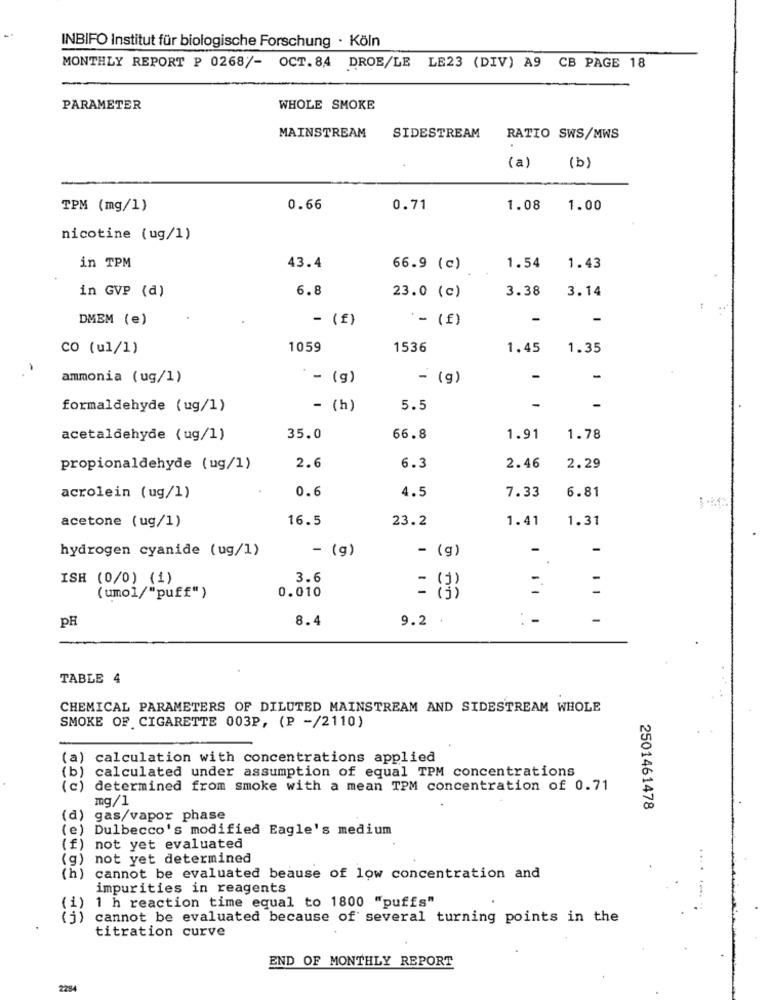
INBIFO Institut für biologische Forschung · Köln
MONTHLY REPORT P 0268/- OCT. 84 DROE/LE LE23 (DIV) A9 CB PAGE 18
PARAMETER
WHOLE SMOKE
MAINSTREAM
SIDESTREAM
RATIO SWS/MWS
(a)
(b)
TPM (mg/1)
0.66
0.71
1.08
1.00
nicotine (ug/1)
in TPM
43.4
66.9 (c)
1.54
1.43
in GVP (d)
6.8
3.38
3.14
23.0 (c)
DMEM (e)
- (f)
:- (f)
co (ul/1)
1059
1536
1.45
1.35
ammonia (ug/1)
- (g)
- (g)
-
formaldehyde ( ug/1)
- (h)
5.5
acetaldehyde (ug/1)
35.0
66.8
1.91
1.78
propionaldehyde (ug/1)
2.6
6.3
2.46
2.29
0.6
acrolein (ug/1)
4.5
7.33
6.81
16.5
23.2
1.41
1.31
acetone (ug/1)
hydrogen cyanide (ug/1)
- (g)
- (g)
-
ISH (0/0) (1)
3.6
-.
0.010
(umol/"puff")
pH
8.4
9.2 .
-
TABLE 4
CHEMICAL PARAMETERS OF DILUTED MAINSTREAM AND SIDESTREAM WHOLE
SMOKE OF CIGARETTE 003P, (P -/2110)
(a) calculation with concentrations applied
calculated under assumption of equal TPM concentrations
(b)
(c)
determined from smoke with a mean TPM concentration of 0.71
mg/1
2501461478
(d) gas/vapor phase
(e)
Dulbecco's modified Eagle's medium
(f)
not yet evaluated
(g)
not yet determined
(h)
cannot be evaluated beause of low concentration and
impurities in reagents
1 h reaction time equal to 1800 "puffs"
( 1)
cannot be evaluated because of several turning points in the
titration curve
END OF MONTHLY REPORT
2254